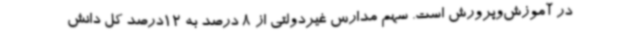
در آموزش‌وپرورش است. سهم مدارس غیردولتی از 8 درصد ‌به 12درصد کل دانش